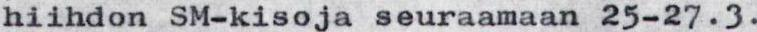
hiihdon SM-kisoja seuraamaan 25-27.3.